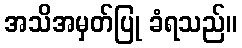
အသိအမှတ်ပြု ခံရသည်။